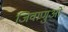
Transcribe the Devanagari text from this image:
जिवाणुओं